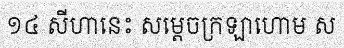
១៤ សីហានេះ សម្តេចក្រឡាហោម ស